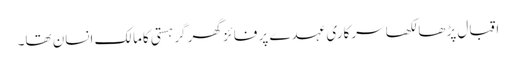
اقبال پڑھا لکھا سرکاری عہدے پر فائز گھر گر ہستی کامالک انسان تھا۔